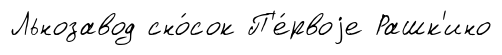
Льнозавод сно́сок П'е́рвоjе Рашк'ино